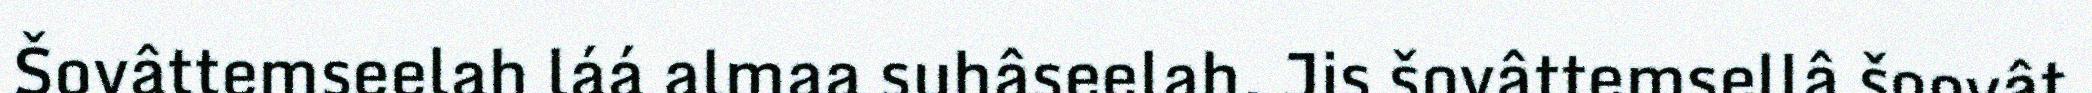
Šovâttemseelah láá almaa suhâseelah. Jis šovâttemsellâ šoovât